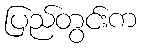
ပြည်တွင်းက